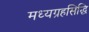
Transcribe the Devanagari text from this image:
मध्यग्रहसिद्धि